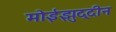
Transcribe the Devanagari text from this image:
मोईझुद्दीन